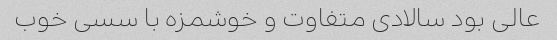
عالی بود سالادی متفاوت و خوشمزه با سسی خوب